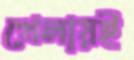
খেলায়ই